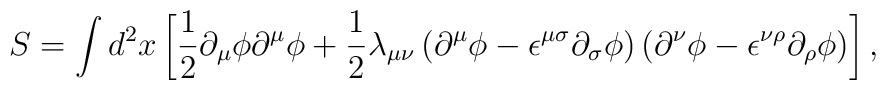
S=\int d^{2}x\left[{\frac 1 2}{\partial}_{\mu}{\phi}{\partial}^{\mu}{\phi}+{\frac 1 2}{\lambda}_{{\mu}{\nu}}\left({\partial}^{\mu}{\phi}-{\epsilon}^{{\mu}{\sigma}}{\partial}_{\sigma}{\phi}\right)\left({\partial}^{\nu}{\phi}-{\epsilon}^{{\nu}{\rho}}{\partial}_{\rho}{\phi}\right)\right],